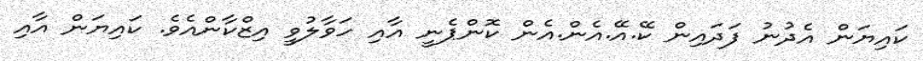
ކައިޔަން އެދުނު ފަދައިން ކޭ.އޭ.އެން.އެން ކޮންޕެނީ އާއި ހަވާލުވީ އިޒްކާންއެވެ. ކައިޔަން އާއި